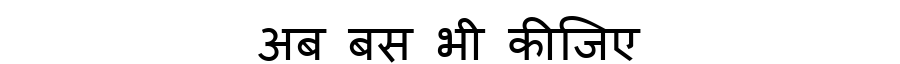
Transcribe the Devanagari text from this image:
अब बस भी कीजिए